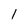
Character: l